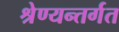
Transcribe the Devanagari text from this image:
श्रेण्यन्तर्गत